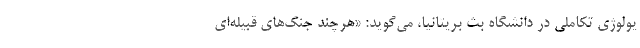
یولوژی تکاملی در دانشگاه بث بریتانیا، می‌گوید: «هرچند جنگ‌های قبیله‌ای